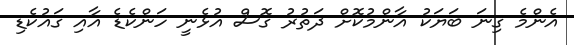
އެންމެ ގިނަ ބަޔަކު އާންމުކޮށް ދަތުރު ގޮސް އުޅެނީ ހަންކެޑެ އާއި ގައުކެޑި